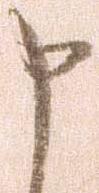
申